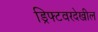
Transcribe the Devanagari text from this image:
ड्रिफ्टवरदेखील